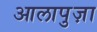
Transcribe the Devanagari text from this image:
आलापुज़ा